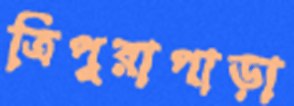
ত্রিপুরাপাড়া